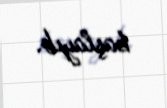
başlayıb.